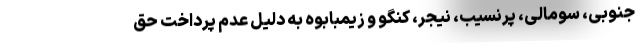
جنوبی، سومالی، پرنسیب، نیجر، کنگو و زیمبابوه به دلیل عدم پرداخت حق